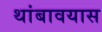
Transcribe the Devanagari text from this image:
थांबावयास